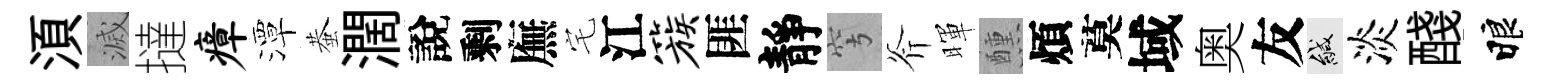
湏滅撻瘴潭蛬濶說剩廡宅江簇匪靜穹斧暉醺煩莫域奥友緘淡醆睱